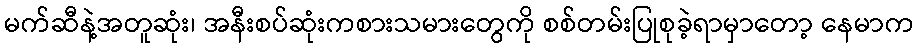
မက်ဆီနဲ့အတူဆုံး၊ အနီးစပ်ဆုံးကစားသမားတွေကို စစ်တမ်းပြုစုခဲ့ရာမှာတော့ နေမာက